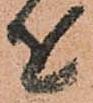
を